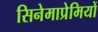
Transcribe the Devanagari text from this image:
सिनेमाप्रेमियों